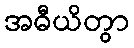
အဓီယိတွာ